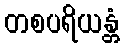
တစပရိယန္တံ